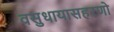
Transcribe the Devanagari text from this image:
वसुधायासहरणो